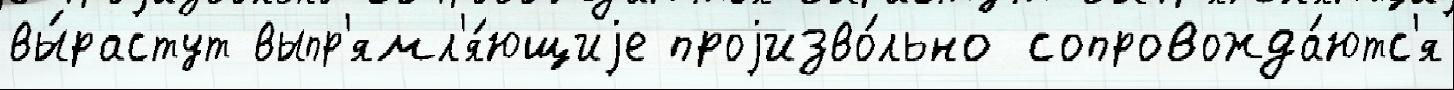
вы́растут выпр'ямл'я́ющиjе проjизво́льно сопровожда́ютс'я